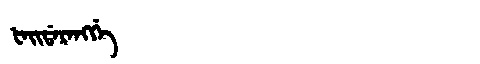
Manchu: ᡶᠠᡳᡩᠠᡵᠠᠩᡤᡝ
Romanization: FAIDARANGGE